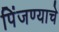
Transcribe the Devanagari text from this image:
पिंजण्याचे